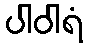
ပါဝါရံ